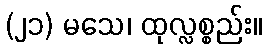
(၂၁) မသေ၊ ထုလ္လစ္စည်း။